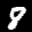
Label: 8